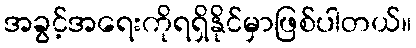
အခွင့်အရေးကိုရရှိနိုင်မှာဖြစ်ပါတယ်။